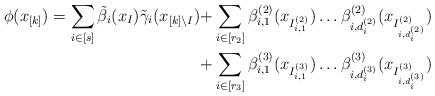
LaTeX: \begin{align*}\phi(x_{[k]}) = \sum_{i \in [s]} \tilde{\beta}_i(x_I) \tilde{\gamma}_i(x_{[k] \setminus I}) + &\sum_{i \in [r_2]} \beta^{(2)}_{i, 1}(x_{I^{(2)}_{i, 1}}) \dots \beta^{(2)}_{i, d^{(2)}_i}(x_{I^{(2)}_{i, d^{(2)}_i}})\\+ &\sum_{i \in [r_3]} \beta^{(3)}_{i, 1}(x_{I^{(3)}_{i, 1}}) \dots \beta^{(3)}_{i, d^{(3)}_i}(x_{I^{(3)}_{i, d^{(3)}_i}})\end{align*}